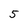
Character: 5